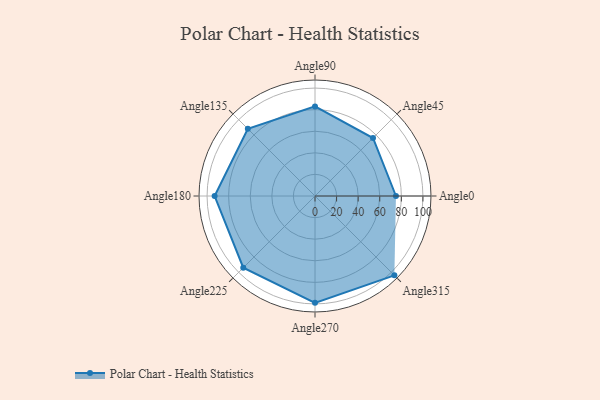
{"axis": {"x": "Angle", "y": "Radius"}, "legend": [""], "data": [{"x": "Angle0", "y": 75.0, "type": ""}, {"x": "Angle45", "y": 76.0, "type": ""}, {"x": "Angle90", "y": 83.0, "type": ""}, {"x": "Angle135", "y": 88.0, "type": ""}, {"x": "Angle180", "y": 93.0, "type": ""}, {"x": "Angle225", "y": 94.0, "type": ""}, {"x": "Angle270", "y": 99.0, "type": ""}, {"x": "Angle315", "y": 104.0, "type": ""}]}